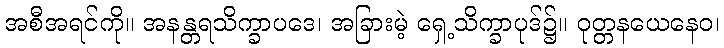
အစီအရင်ကို။ အနန္တရသိက္ခာပဒေ၊ အခြားမဲ့ ရှေ့သိက္ခာပုဒ်၌။ ဝုတ္တနယေနေဝ၊